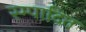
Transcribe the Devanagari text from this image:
स्म्पादित